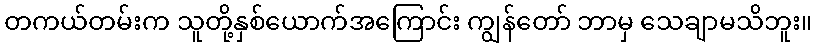
တကယ်တမ်းက သူတို့နှစ်ယောက်အကြောင်း ကျွန်တော် ဘာမှ သေချာမသိဘူး။